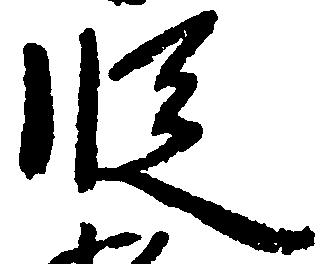
段